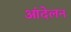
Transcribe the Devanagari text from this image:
आंदेलन